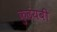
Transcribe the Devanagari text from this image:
कुढंयबी